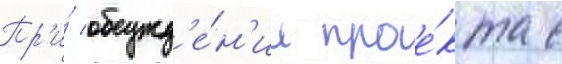
Пр'и́ обсужд'е́н'ии прое́кта с